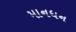
માનધન